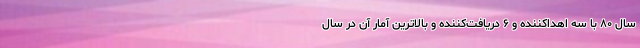
سال ۸۰ با سه اهداکننده و ۶ دریافت‌کننده و بالاترین آمار آن در سال